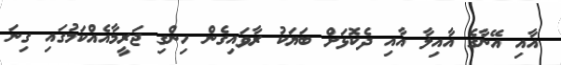
އާއި އޭނާގެ އާއިލާ އާއި ދެކޮޅަށް ބަޔަކު ރާވައިގެން ހިންގި ޖަރީމާއެއްކަމުގައި ގިނަ